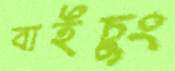
বাইচুং